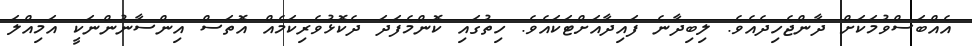
އެއްބަސްވުމަކަށް ދާންޖެހިދެއެވެ. ލިބިދާނެ ފައިދާއަށްޓަކައެވެ. ހިތުގައި ކޮންމެފަދަ ދެކޮޅުވެރިކަމެއް އޮތަސް އިންސާނުންނަކީ އަމިއްލަ